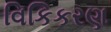
વિકિકરણ